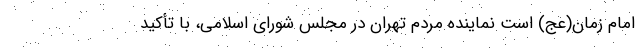
امام زمان(عج) است نماینده مردم تهران در مجلس شورای اسلامی، با تأکید